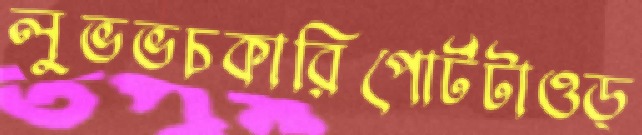
লুভভচকারিপোর্টটাওড্